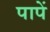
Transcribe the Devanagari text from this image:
पापें